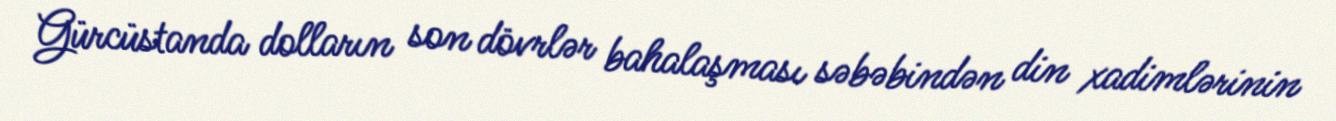
Gürcüstanda dolların son dövrlər bahalaşması səbəbindən din xadimlərinin